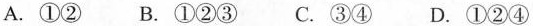
A.①② B.①②③ C.③④ D.①②④